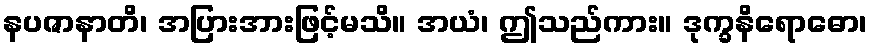
နပဇာနာတိ၊ အပြားအားဖြင့်မသိ။ အယံ၊ ဤသည်ကား။ ဒုက္ခနိရောဓော၊